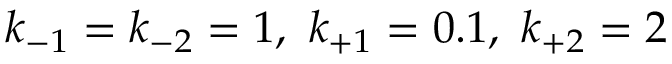
k _ { - 1 } = k _ { - 2 } = 1 , ~ k _ { + 1 } = 0 . 1 , ~ k _ { + 2 } = 2